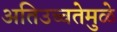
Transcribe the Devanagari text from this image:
अतिउच्चतेमुळे